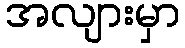
အလျားမှာ